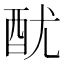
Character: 𨠄